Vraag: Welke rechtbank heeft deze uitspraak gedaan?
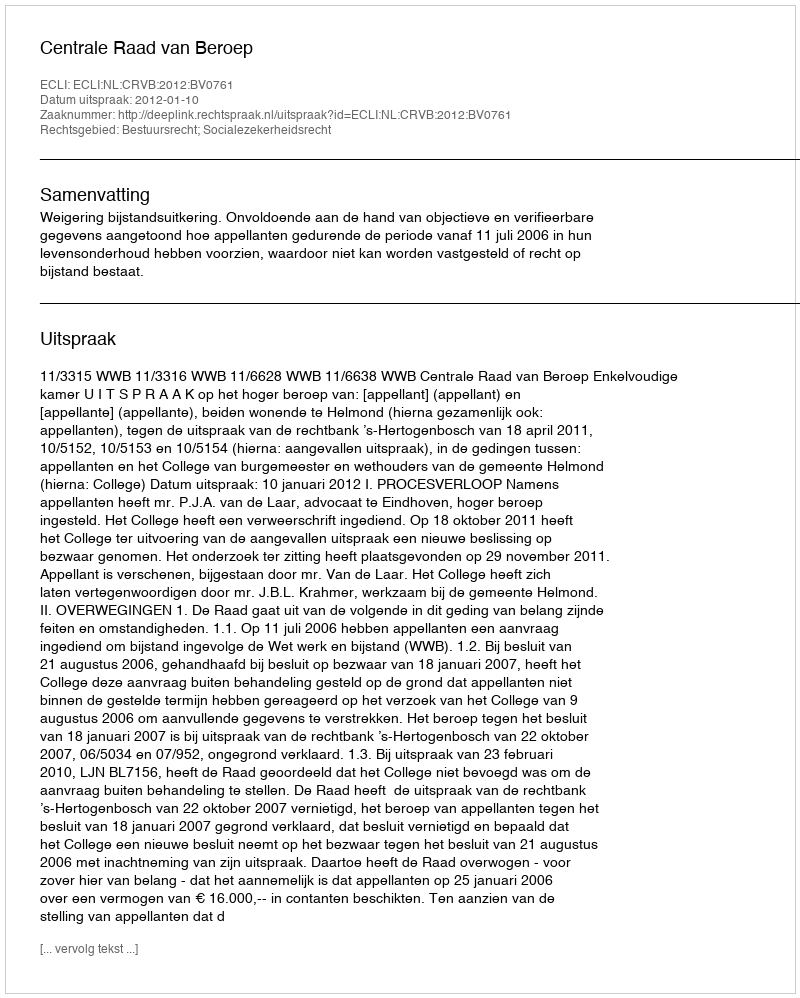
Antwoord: Centrale Raad van Beroep